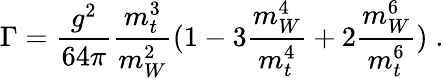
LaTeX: \Gamma=\frac{g^{2}}{64\pi}\frac{m_{t}^{3}}{m_{W}^{2}}(1-3\frac{m_{W}^{4}}{m_{t}^{4}}+2\frac{m_{W}^{6}}{m_{t}^{6}})\; .